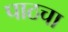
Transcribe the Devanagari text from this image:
पाठचा